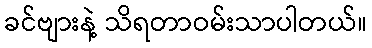
ခင်ဗျားနဲ့ သိရတာဝမ်းသာပါတယ်။